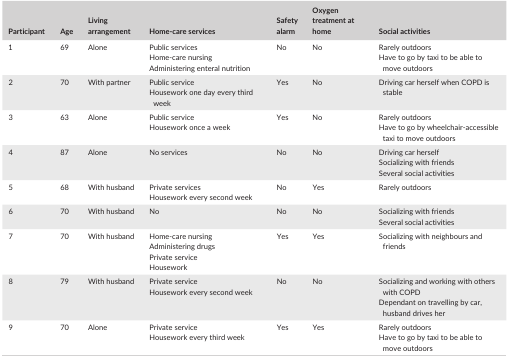
| Participant | Age | Living arrangement | Home‐care services | Safety alarm | Oxygen treatment at home | Social activities |
 | --- | --- | --- | --- | --- | --- | --- |
 | 1 | 69 | Alone | Public servicesHome‐care nursingAdministering enteral nutrition | No | No | Rarely outdoorsHave to go by taxi to be able to move outdoors |
 | 2 | 70 | With partner | Public serviceHousework one day every third week | Yes | No | Driving car herself when COPD is stable |
 | 3 | 63 | Alone | Public serviceHousework once a week | Yes | No | Rarely outdoorsHave to go by wheelchair‐accessible taxi to move outdoors |
 | 4 | 87 | Alone | No services | No | No | Driving car herselfSocializing with friendsSeveral social activities |
 | 5 | 68 | With husband | Private servicesHousework every second week | No | Yes | Rarely outdoors |
 | 6 | 70 | With husband | No | No | No | Socializing with friendsSeveral social activities |
 | 7 | 70 | With husband | Home‐care nursingAdministering drugsPrivate serviceHousework | Yes | Yes | Socializing with neighbours and friends |
 | 8 | 79 | With husband | Private serviceHousework every second week | No | No | Socializing and working with others with COPDDependant on travelling by car, husband drives her |
 | 9 | 70 | Alone | Private serviceHousework every third week | Yes | Yes | Rarely outdoorsHave to go by taxi to be able to move outdoors |